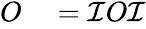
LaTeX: \begin{array}{rl}{O}&{{}=\mathcal{I}O\mathcal{I}}\end{array}